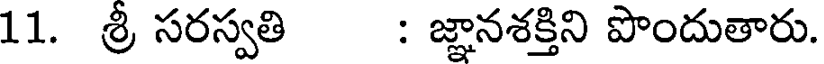
11. శ్రీ సరస్వతి : జ్ఞానశక్తిని పొందుతారు.